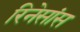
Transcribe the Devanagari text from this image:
रिनेसांस